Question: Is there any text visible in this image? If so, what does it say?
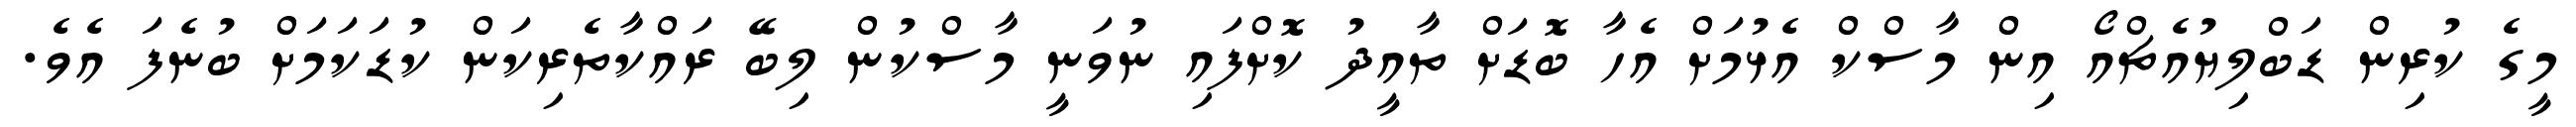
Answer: މީގެ ކުރިން ޑަބްލިޔުއެޗްއޯ އިން މާސްކް އެޅުމަށް އެހާ ބޮޑަށް ތާއީދު ކޮށްފައި ނުވަނީ މާސްކުން ލިބޭ ރައްކާތެރިކަން ކުޑަކަމަށް ބުނެފަ އެވެ.